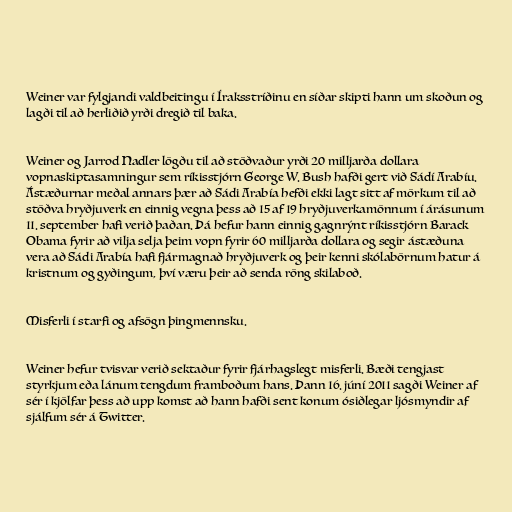
Weiner var fylgjandi valdbeitingu í Íraksstríðinu en síðar skipti hann um skoðun og
lagði til að herliðið yrði dregið til baka.

Weiner og Jarrod Nadler lögðu til að stöðvaður yrði 20 milljarða dollara
vopnaskiptasamningur sem ríkisstjórn George W. Bush hafði gert við Sádí Arabíu.
Ástæðurnar meðal annars þær að Sádi Arabía hefði ekki lagt sitt af mörkum til að
stöðva hryðjuverk en einnig vegna þess að 15 af 19 hryðjuverkamönnum í árásunum
11. september hafi verið þaðan. Þá hefur hann einnig gagnrýnt ríkisstjórn Barack
Obama fyrir að vilja selja þeim vopn fyrir 60 milljarða dollara og segir ástæðuna
vera að Sádi Arabía hafi fjármagnað hryðjuverk og þeir kenni skólabörnum hatur á
kristnum og gyðingum, því væru þeir að senda röng skilaboð.

Misferli í starfi og afsögn þingmennsku.

Weiner hefur tvisvar verið sektaður fyrir fjárhagslegt misferli. Bæði tengjast
styrkjum eða lánum tengdum framboðum hans. Þann 16. júní 2011 sagði Weiner af
sér í kjölfar þess að upp komst að hann hafði sent konum ósiðlegar ljósmyndir af
sjálfum sér á Twitter.